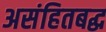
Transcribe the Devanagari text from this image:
असंहितबद्ध